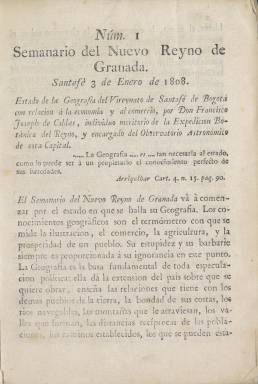
Título: Semanario del Nuevo Reyno de Granada
Otros títulos: Semanario del Nuevo Reino de Granada
Colección: Gacetas
Ámbito geográfico: Colombia
Lugar de publicación: Santafé [de Bogotá]
Fechas: 03/01/1808-31/12/1809

Se trata de la primera publicación de carácter científico del Virreinato de la Nueva Granada, que incluía lo que hoy son los territorios de Colombia, Venezuela, Ecuador, Panamá y Guayana. La capital era Santa Fe de Bogotá, ahora denominada solo Bogotá. El semanario, de ocho páginas, comenzó a editarse el 3 de enero de 1808 y concluyó el 31 de diciembre de 1809. Se siguió editando al año siguiente de 1810, pero con el título de Continuación del Semanario.

     La publicación está centrada fundamentalmente en temas científicos de naturaleza, aunque dedica espacio también a la industria, el comercio, la agricultura, la geografía y la economía del territorio. Dada las fechas en que se publicó, en plena invasión francesa de España y la consecuente guerra contra Napoleón, lo que sorprende es no encontrar alusión alguna a estos graves acontecimientos. Tiene su explicación en el hecho de que su editor, Francisco José de Caldas, y sus colaboradores formaban parte de la élite criolla que años más tarde promoverán la independencia de estos territorios de España.

  El Semanario del Nuevo Reyno de Granada se esforzó por publicar los resultados y hallazgos de la Real Expedición Botánica del Nuevo Reino de Granada, el inventario de naturaleza realizado por José Celestino Mutis durante el reinado de Carlos III, en el que se clasificaron 20.000 especies vegetales y 7.000 animales. También en esa expedición se fundó el Observatorio Astronómico de Santa Fe, del que era precisamente director Francisco José de Caldas cuando editó el semanario. Las observaciones meteorológicas ocuparán varios números del mismo.

  Caldas, ingeniero militar, poseía una gran erudición y por sus conocimientos de diferentes disciplinas era conocido como El Sabio. Muchas de las reuniones que celebraron los criollos en su lucha por la independencia de España las celebraron en el Observatorio Astronómico. Tras las primeras escaramuzas, el gobierno del rey Fernando VII recuperó el control del territorio y Caldas fue fusilado en 1816 en Bogotá sin llegar a ver la independencia de la llamada Gran Colombia, llevada a cabo años después bajo el liderazgo de Simón Bolívar.

[Descripción publicada el 16/8/2022]